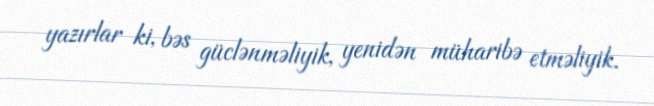
yazırlar ki, bəs güclənməliyik, yenidən müharibə etməliyik.